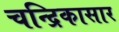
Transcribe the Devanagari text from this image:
चन्द्रिकासार